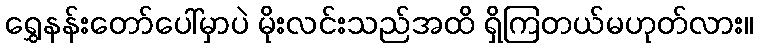
ရွှေနန်းတော်ပေါ်မှာပဲ မိုးလင်းသည်အထိ ရှိကြတယ်မဟုတ်လား။